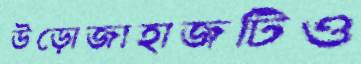
উড়োজাহাজটিও